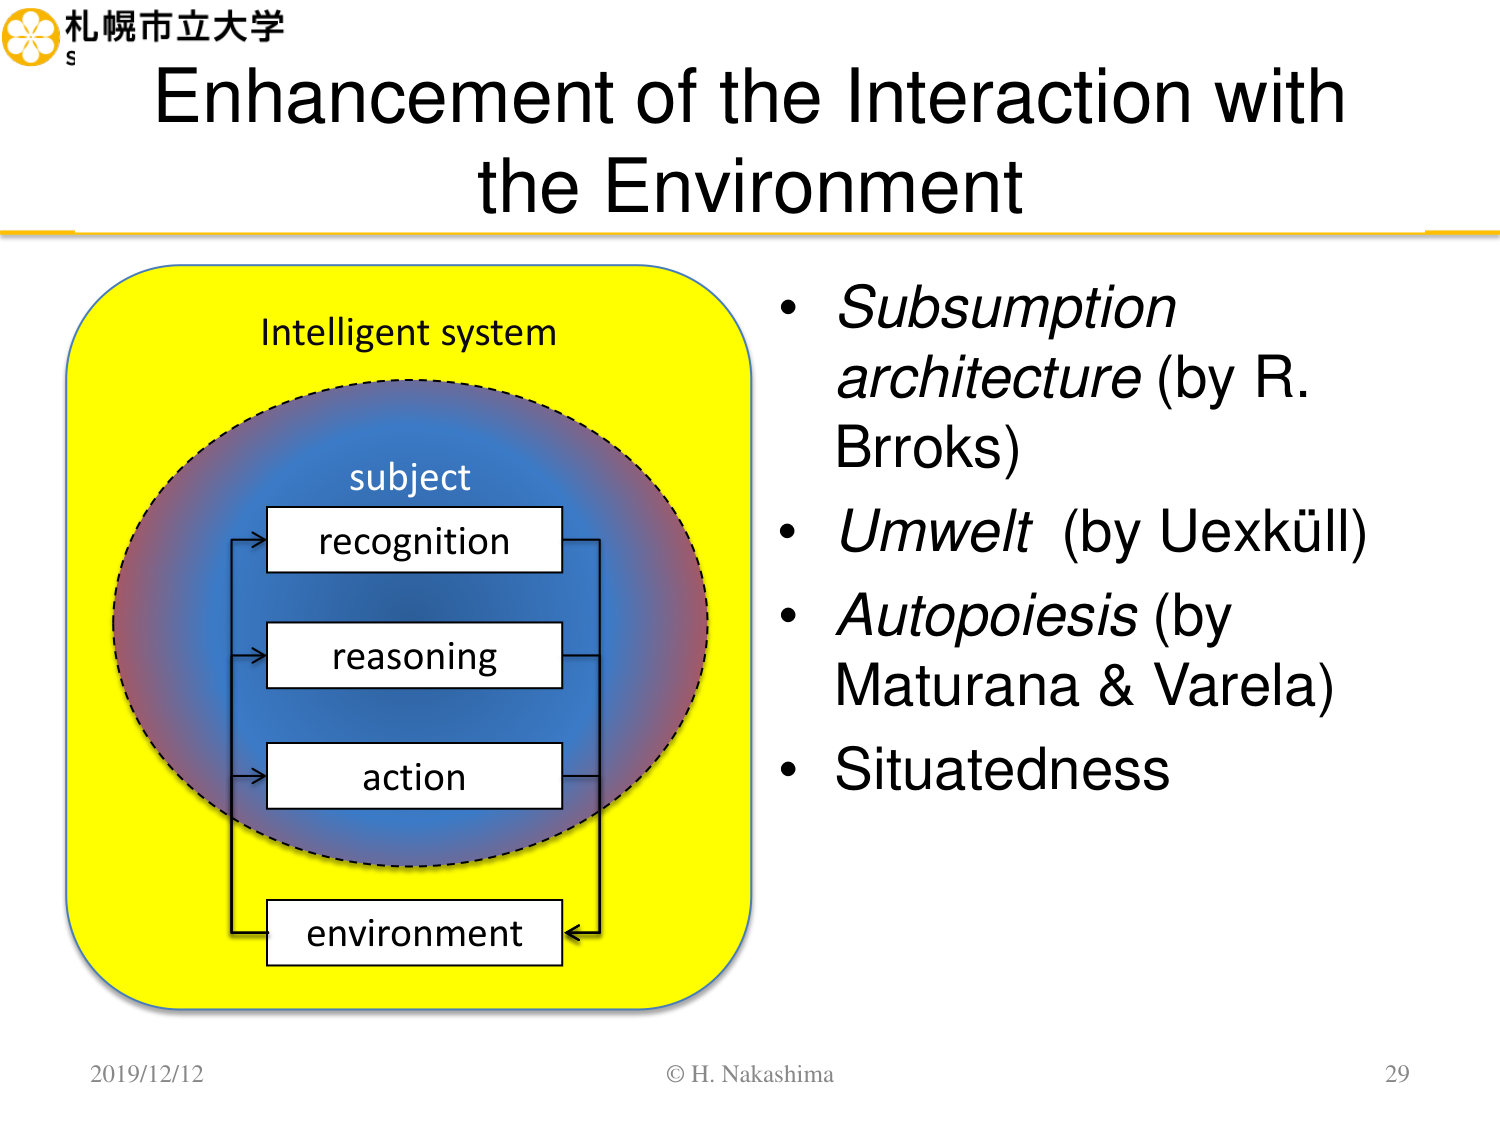
札幌市立大学
Enhancement of the Interaction with the Environment
Intelligent system
subject
recognition
reasoning
action
environment
• Subsumption architecture (by R. Brooks)
• Umwelt (by Uexküll)
• Autopoiesis (by Maturana & Varela)
• Situatedness
2019/12/12
© H. Nakashima
29